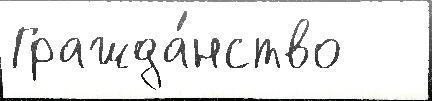
Гражда́нство